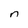
Character: n